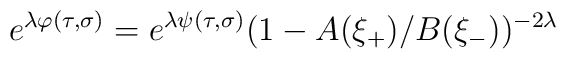
e^{\lambda\varphi(\tau,\sigma)} = e^{\lambda\psi(\tau,\sigma)}(1-A(\xi_{+})/B(\xi_{-}))^{-2\lambda}